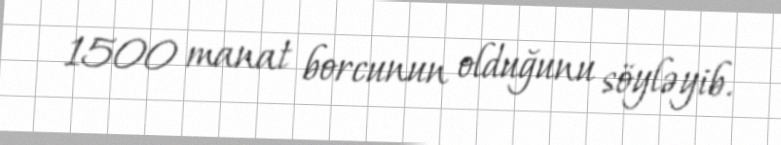
1500 manat borcunun olduğunu söyləyib.